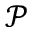
\mathcal { P }